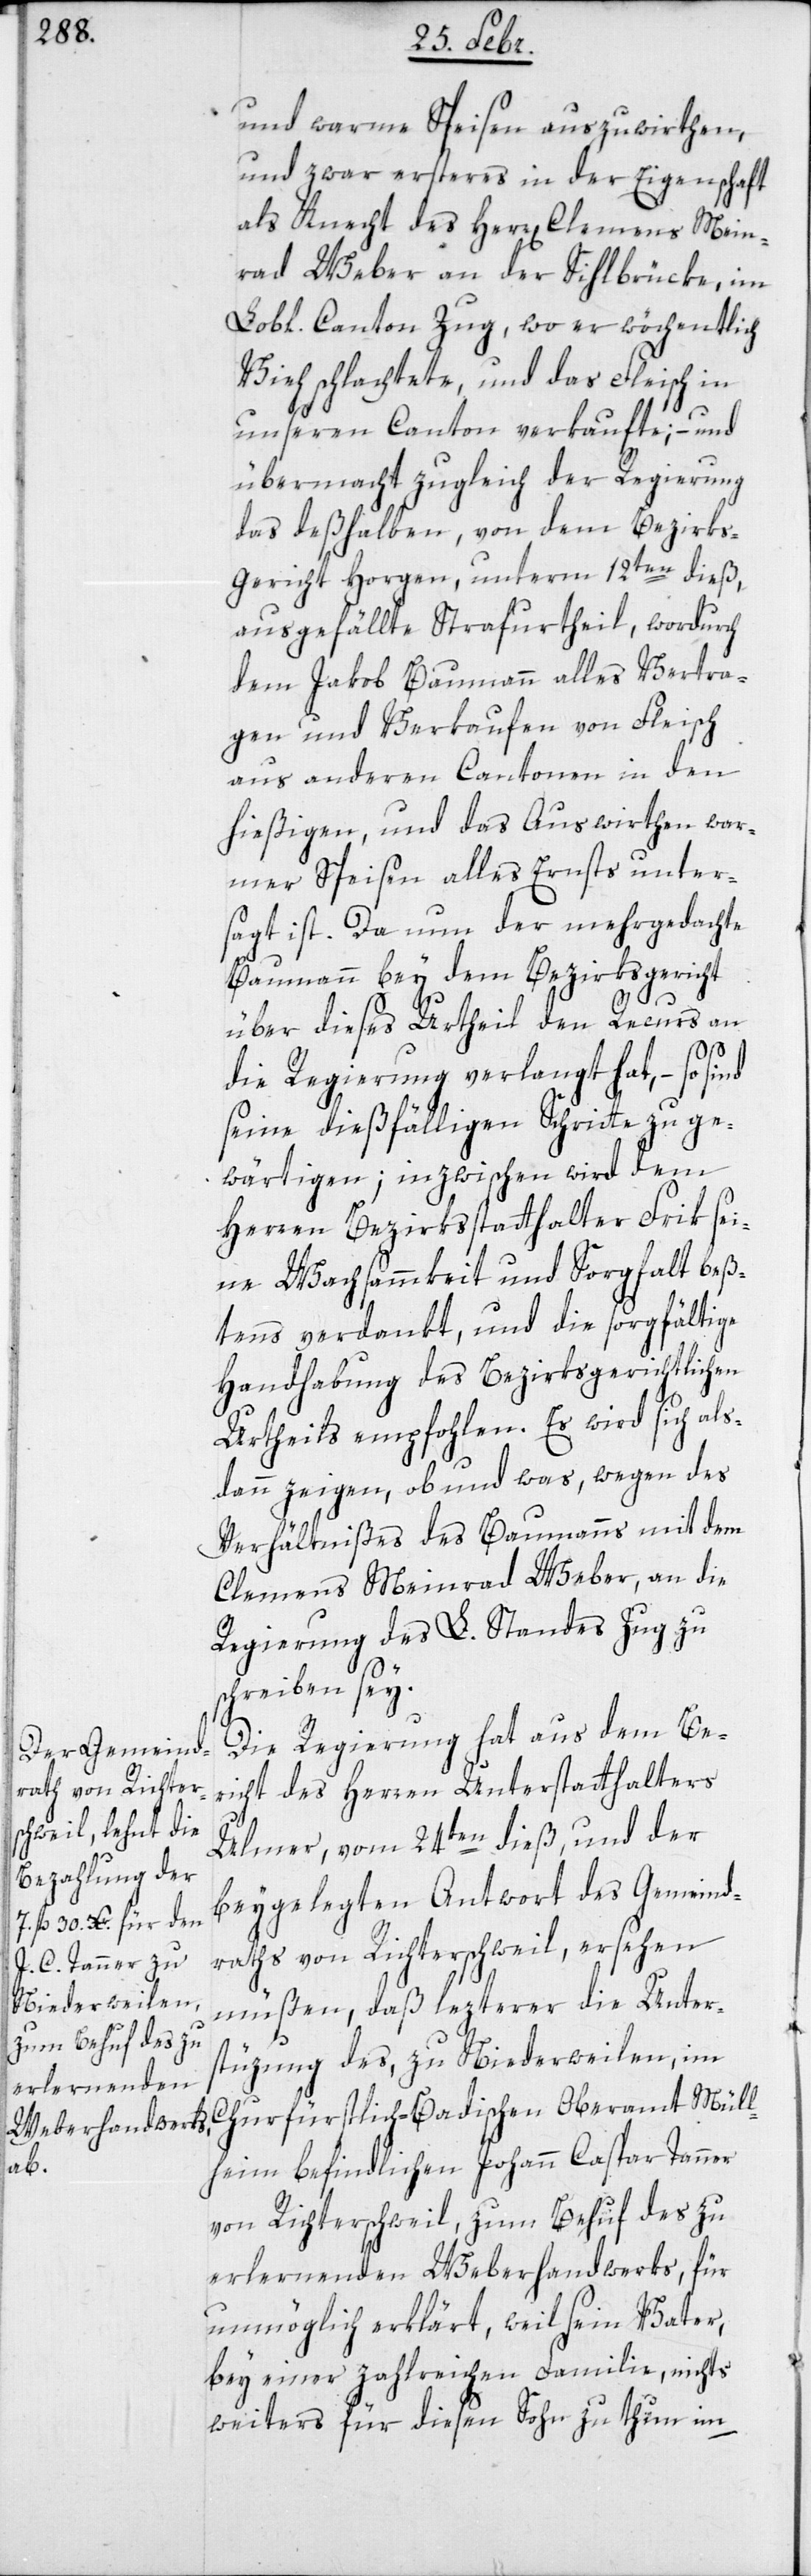
und warme Speisen auszuwirthen,
und zwar ersteres in der Eigenschaft
als Knecht des Herr[en] Clemens Mein¬
rad Weber an der Sihlbrücke, im
Lobl. Canton Zug, wo er wöchentlich
Vieh schlachtete, und das Fleisch in
unseren Canton verkaufte; – und
übermacht zugleich der Regierung
das deßhalben, von dem Bezirk¬
s-Gericht Horgen, unterm 12ten dieß,
ausgefällte Strafurtheil, wodurch
dem Jakob Baumann alles Vertra¬
gen und Verkaufen von Fleisch
aus anderen Cantonen in den
hießigen, und das Auswirthen war¬
mer Speisen alles Ernstes unter¬
sagt ist. Da nun der mehrgedachte
Baumann bey dem Bezirksgericht
s¬
Mül¬
über dieses Urtheil den Recurs an
die Regierung verlangt hat, – so
seine dießfälligen Schritte zu ge¬
wärtigen; inzwischen wird dem
Herren Bezirksstatthalter Frik sei¬
ne Wachsammkeit und Sorgfalt beß¬
tens verdankt, und die sorgfältige
Handhabung des Bezirksgerichtlichen
Urtheils empfohlen. Es wird sich als¬
dann zeigen, ob und was, wegen des
Verhältnißes des Baumanns mit dem
Clemens Meinrad Weber, an die
Regierung des L. Standes Zug zu
chreiben sey.
Die Regierung hat aus dem Be¬
richt des Herren Unterstatthalters
Ulmer, vom 24sten dieß, und der
beygelegten Antwort des Gemeind¬
raths von Richterschweil, ersehen
müßen, daß lezterer die Unter¬
stüzung des, zu Niederweilen, im
lheim befindlichen Johann Caspar Tanner
von Richterschweil, zum Behuf des zu
erlerndenden Weberhandwerks, für
unmöglich erklärt, weil sein Vater,
bey einer zahlreichen Familie, nichts
weiters für diesen Sohn zu thun im